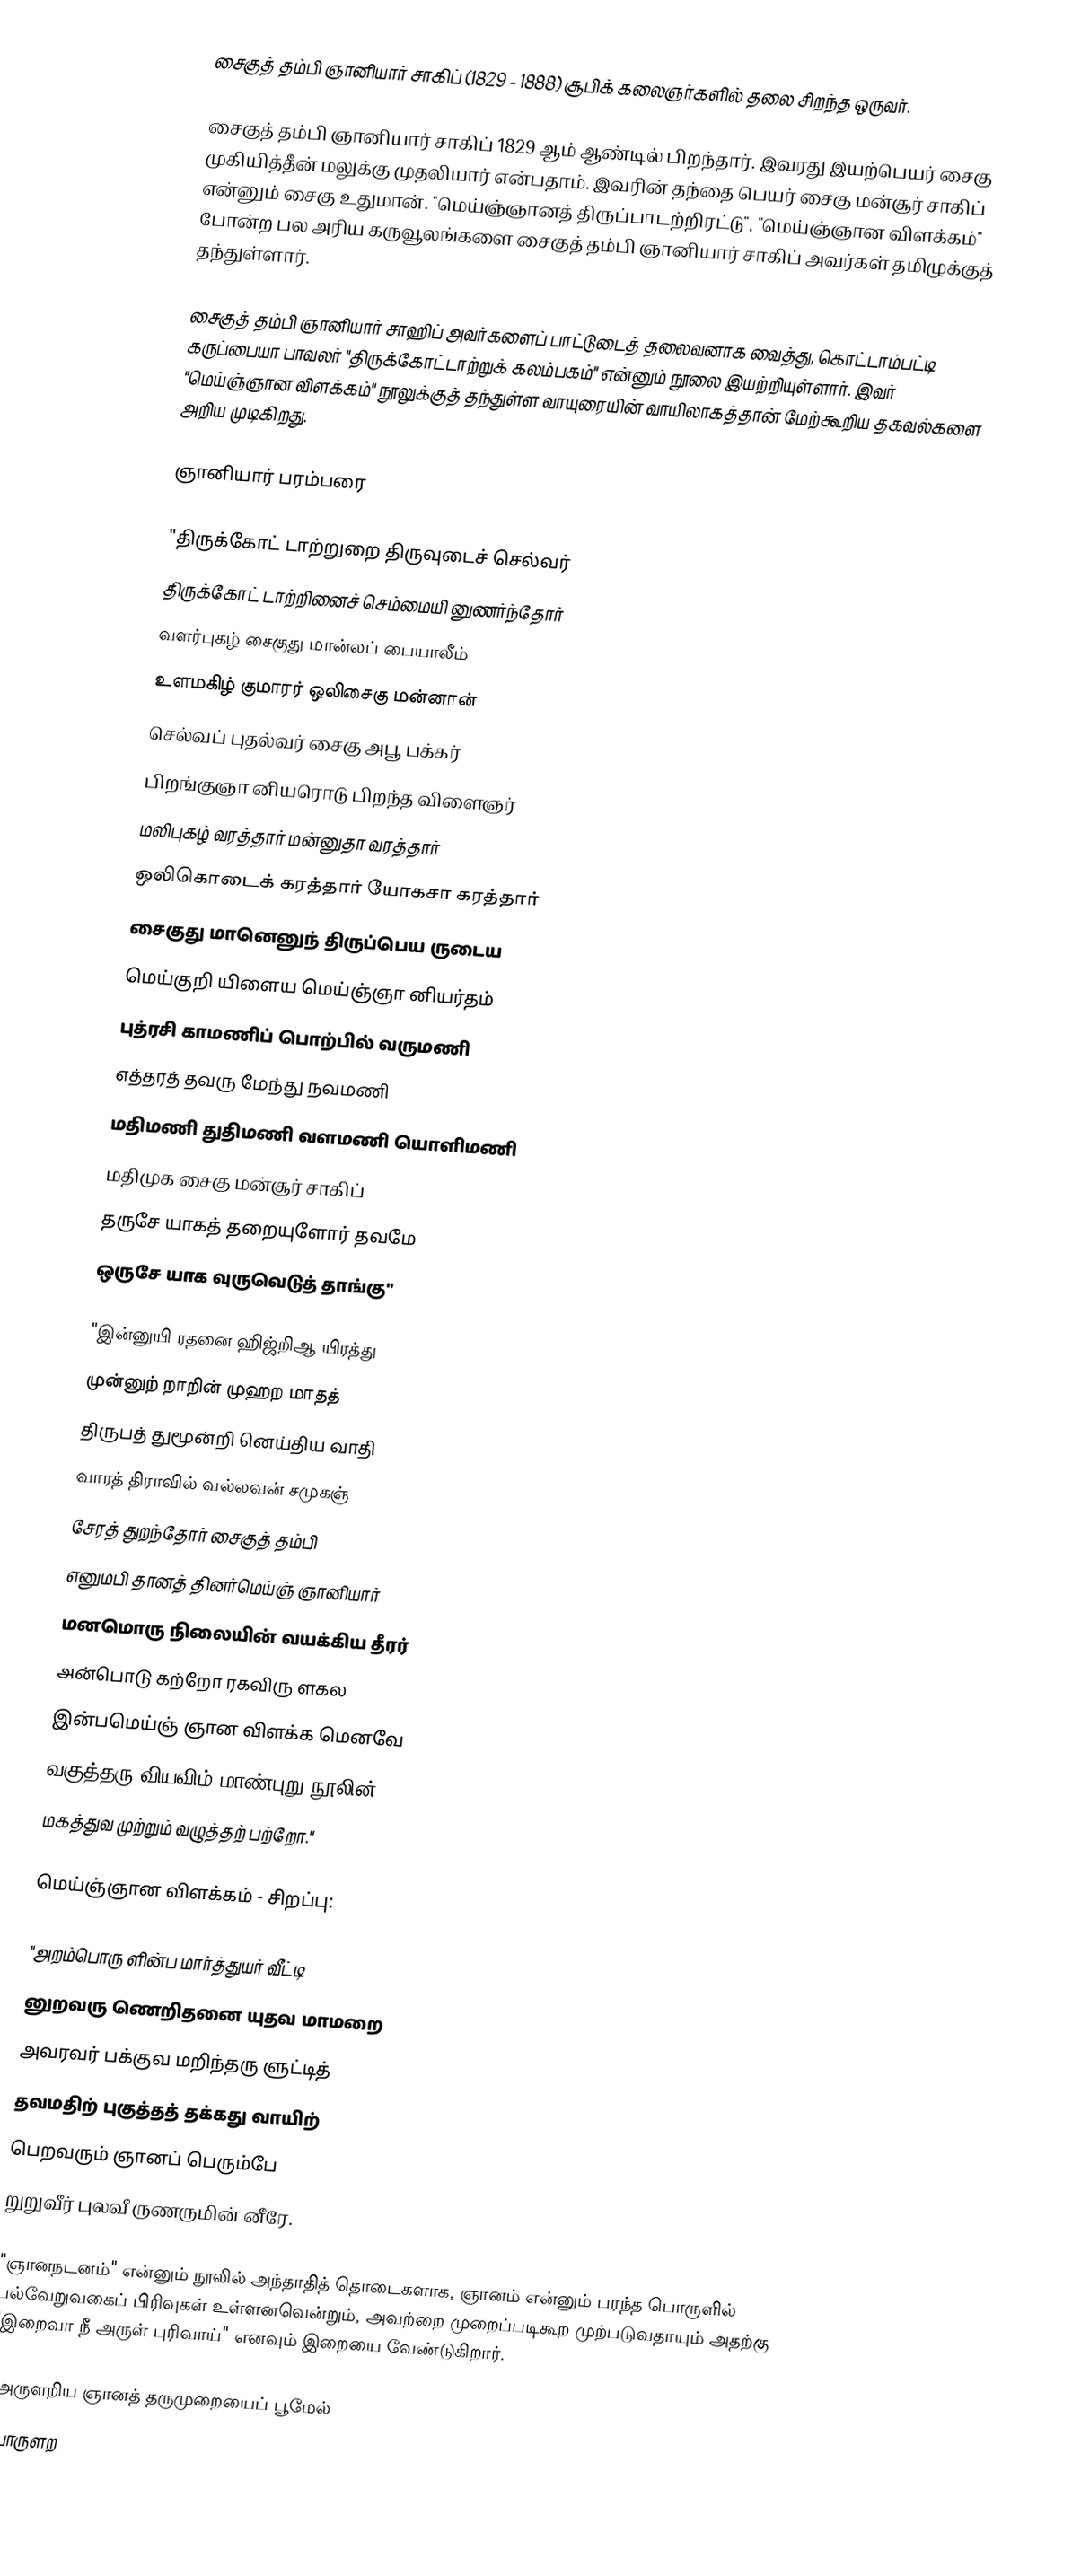
சைகுத் தம்பி ஞானியார் சாகிப் (1829 - 1888) சூபிக் கலைஞர்களில் தலை சிறந்த ஒருவர்.

சைகுத் தம்பி ஞானியார் சாகிப் 1829 ஆம் ஆண்டில் பிறந்தார். இவரது இயற்பெயர் சைகு முகியித்தீன் மலுக்கு முதலியார் என்பதாம். இவரின் தந்தை பெயர் சைகு மன்சூர் சாகிப் என்னும் சைகு உதுமான். "மெய்ஞ்ஞானத் திருப்பாடற்றிரட்டு", "மெய்ஞ்ஞான விளக்கம்" போன்ற பல அரிய கருவூலங்களை சைகுத் தம்பி ஞானியார் சாகிப் அவர்கள் தமிழுக்குத் தந்துள்ளார்.

சைகுத் தம்பி ஞானியார் சாஹிப் அவர்களைப் பாட்டுடைத் தலைவனாக வைத்து, கொட்டாம்பட்டி கருப்பையா பாவலர் "திருக்கோட்டாற்றுக் கலம்பகம்" என்னும் நூலை இயற்றியுள்ளார். இவர் "மெய்ஞ்ஞான விளக்கம்" நூலுக்குத் தந்துள்ள வாயுரையின் வாயிலாகத்தான் மேற்கூறிய தகவல்களை அறிய முடிகிறது.

ஞானியார் பரம்பரை

"திருக்கோட் டாற்றுறை திருவுடைச் செல்வர்
திருக்கோட் டாற்றினைச் செம்மையி னுணர்ந்தோர்
வளர்புகழ் சைகுது மான்லப் பையாலீம்
உளமகிழ் குமாரர் ஒலிசைகு மன்னான்
செல்வப் புதல்வர் சைகு அபூ பக்கர்
பிறங்குஞா னியரொடு பிறந்த விளைஞர்
மலிபுகழ் வரத்தார் மன்னுதா வரத்தார்
ஒலிகொடைக் கரத்தார் யோகசா கரத்தார்
சைகுது மானெனுந் திருப்பெய ருடைய
மெய்குறி யிளைய மெய்ஞ்ஞா னியர்தம்
புத்ரசி காமணிப் பொற்பில் வருமணி
எத்தரத் தவரு மேந்து நவமணி
மதிமணி துதிமணி வளமணி யொளிமணி
மதிமுக சைகு மன்சூர் சாகிப்
தருசே யாகத் தறையுளோர் தவமே
ஒருசே யாக வுருவெடுத் தாங்கு"

"இன்னுயி ரதனை ஹிஜ்றிஆ யிரத்து
முன்னுற் றாறின் முஹற மாதத்
திருபத் துமூன்றி னெய்திய வாதி
வாரத் திராவில் வல்லவன் சமுகஞ்
சேரத் துறந்தோர் சைகுத் தம்பி
எனுமபி தானத் தினர்மெய்ஞ் ஞானியார்
மனமொரு நிலையின் வயக்கிய தீரர்
அன்பொடு கற்றோ ரகவிரு ளகல
இன்பமெய்ஞ் ஞான விளக்க மெனவே
வகுத்தரு வியவிம் மாண்புறு நூலின்
மகத்துவ முற்றும் வழுத்தற் பற்றோ."

மெய்ஞ்ஞான விளக்கம் - சிறப்பு:

"அறம்பொரு ளின்ப மார்த்துயர் வீட்டி
னுறவரு ணெறிதனை யுதவ மாமறை
அவரவர் பக்குவ மறிந்தரு ளுட்டித்
தவமதிற் புகுத்தத் தக்கது வாயிற்
பெறவரும் ஞானப் பெரும்பே
றுறுவீர் புலவீ ருணருமின் னீரே.

"ஞானநடனம்" என்னும் நூலில் அந்தாதித் தொடைகளாக, ஞானம் என்னும் பரந்த பொருளில் பல்வேறுவகைப் பிரிவுகள் உள்ளனவென்றும், அவற்றை முறைப்படிகூற முற்படுவதாயும் அதற்கு "இறைவா நீ அருள் புரிவாய்" எனவும் இறையை வேண்டுகிறார்.

"அருளறிய ஞானத் தருமுறையைப் பூமேல்
பொருளற